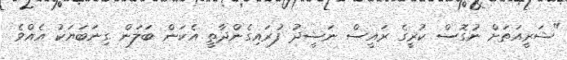
"ޝަރީއަތަށް ނުގޮސް ކުރީގެ ރައީސް ނަޝީދު ފުރައިގެންދާތީ އެކަން ބަލަން ގިނަބަޔަކު އެއްވެ